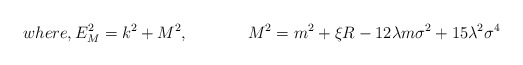
\begin{align*}where,E_M^2=k^2+M^2,\hspace{1.5cm}M^2=m^2+\xi R-12\lambda m\sigma^2+15\lambda ^2\sigma ^4\end{align*}